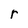
Character: r